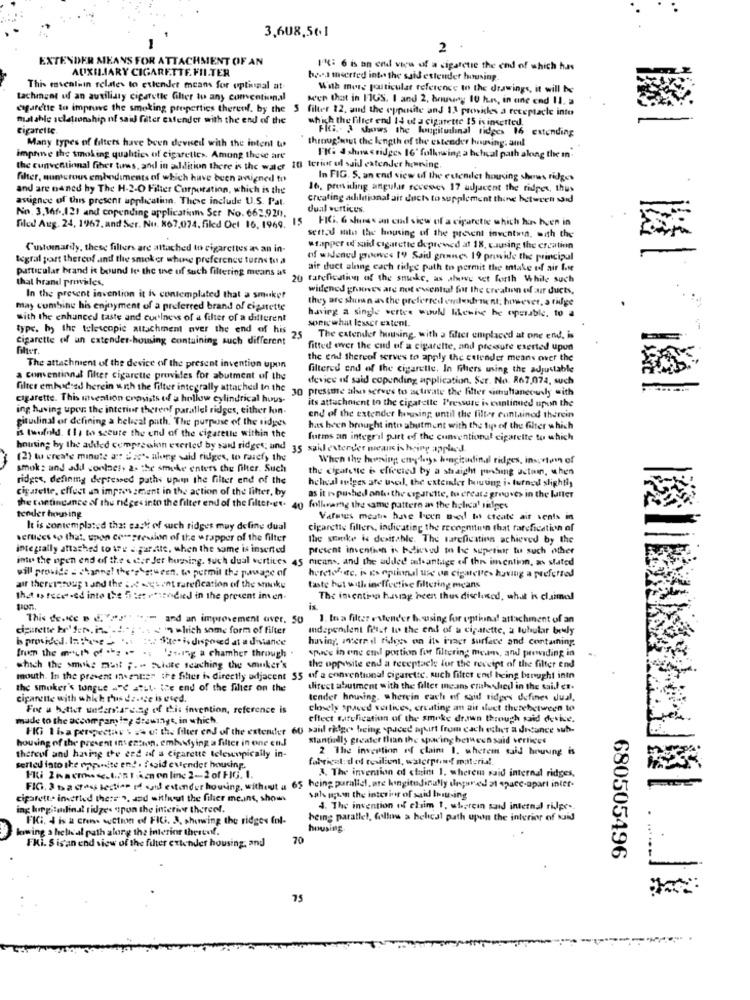
3,608,561
2
EXTENDER MEANS FOR ATTACHMENT OF AN
AUXILIARY CIGARETTE FILTER
11: 6 is an end view of a cigarette the end of which has
hess meerted into the said estender lususing.
This evealwin relates to evlendet means for optimaal at
With merg particular reference In the drawings, it will be
Lachingnt uf an autilidly cigarette Giher tu any conventional
M'en that in FIGS. I and 2, houvey 10 h.r ., in ane cnd II. a
cigarette to improve the smoking properties thereof. by the 5 filter 12, and the opposite and 13 provides a receptacle into
malable sclationship of said fater extender with the end of the
which the filter end 14 ut a cigarette 15 isinetted.
cigarette.
FIG. 3 shows the longitudinal ridges 16 Extending
throughwut the length of the estender housing. and
Many types of filters have been devueil with the intent to
imprime the smoking qualities of cigarettes. Among these are
FK: d shoesridges 16' following a bcheal path along the in-
the cunventional fther turns, and in addition there is the water 10 terior ul said extender honning.
filter, aun crous embodiments of which have been anigned to
In FIG. S. an end view of the extender housing shows ridges
and are naned hy The H-2-O Filter Corporation, which is the
16. presiding angular recesses 17 adjacent the ridges, thus
assignee of this present application. These include U.S. Pal.
Creating adildional ait duch to supplement thine between said
No. 3.36f ., 121 and copending applicatinm Ser No. 662.9201.
dual vertices.
FIG. 6 shares an cud siew of a cigarette which has hyen in
filed Aug. 24, 1967, and Ser. Nu. 867,074. filed Oct 16, 1969. 15
sert:d mlu the housing of the prevent inventwin, with the
Customarily, these fillers are attached to cigarettes as an in-
wrapper of said cigarette depreved at 18, causing the creation
tegral part thereof .and the smoker whine preference turns to a
of widened grooves 199 Said grenne- 19 prawide the principal
particular brand is bound ke. the ine of such filtering means at
air duct alnng each ridge path to permit the intake of air fute
that brand prewiles,
20 tarefication of the smoke, as ahowvy set forth While such
widened ghanes are not essential for the creation of aur ducts,
In the present invention it is contemplated that a smaker
they are shown as the preferred emlentement; however, a tilge
may combine his enjoyment of a preferred brand of cigarette
with the enhanced taste and curlness of a filter of a different
having a single vertes would likewie he operable. to a
somewhat lesser extent.
typr. by the telescopic attachment over the end of his
cigarette of an extender-howsing contuining auch different
25
The caterler housing, with a filter emplaced at one end, is
fitted over the end of a cigarette, and pressure exerted upun
the end thereof serves to apply the ettender means over the
The attachment of the device of the present invention upon
filtered end of the cigarette. In Filters using the adjustable
a conventional filter cigarette provides for abutment of the
device of said copending application. Scr. No. R67,074, such
filter embodied herein with the filter integrally attached in the
30 presse also serves to activate the filter simultaneously with
cigarette. This mvention crosists of a hollow cylindrical hous-
its attachment to the cigarette Pressure is continued upon the
ing having upe the interiur theren! parallel ridges, either loon-
gitudinal of defining a helical puth. The purpose of the ridges
end of the extender housing until the filter contained therein
has been brought into abutment with the top of the filter which
is twofold. (1, to secute the end of the cigarette within the
forms an integr'il part of the conventional cigarette to which
housing by the auhled compresion exerted by sand ridges; and 35 sail extender means is heing applied
(2) tu create minute att Das"- along said ridges, to rasefy the
When the herning engles hacitudinal ridges, insertem of
smok : and adil conlaes, 2. the smoke enters the filter. Such
the cigarette è effected by a straight ponabing uctoin, when
ridges, definmg depressed paths upin the filter end of the
heheal sulges are used, the extemler huuting i. turned slightly
cigarette, effect an impressment in the action of the litter, by
as it is pushed ante the cigarette, to create gregve> in the latter
the tontingance of the ridges into the filter end of the filter-es. 40 follamg the same pattern as the helica' silpes
tender housing
Varargs meatis have been ned to create ait senis in
It is contemplated that each of such ridges muy deline dual
cigarette fillers, indicating the reengmitun that farefication of
vertices so that, upon compression of the wrapper of the filter
The stake is desirable. The tarefication achieved by the
integrally attached to are i garatte, when the some is inserted
present insenthen is believed to he superior tu such other
inte the open end of the & ctor Jer hupsing. such dual vertices 45 means, and the added avantage off the invention, as stated
will provide s channa! the's'stween. wo permit the passage of
heretof.de, is is optional use un cigarettes having a preferred
ait thereisoup 1 and the ;. es ent rarefication of the smoke
tate but with ineffective filtering means
th.A . fece .ed into the 5i :et enscodied in the present inen.
The inventina hastag heen thus disclosed, what is claimol
is
This de.ke B 6.""""" " ;- and an improvement aver. 50
1. In a filter estender housing for optiona! attachment of an
cigarette br' fer. in .. 4.", is S' which some form of filter
independent first to the end of a cigarette, a tubular bely
Is provided. In these . .... . Se.is disposed at a distance
having, merril fulness on its inact surface and containing.
· provided Inthee - . s
':ting a chamber through
spain's in ene cul portion for filtering mom, and prewiding in
the opposite end a receptacle for the receipt of the filter end
which the smoke must ;. " Sulute searching the smuker's
mouth. In the present ind ents" the fiher is directly adjacent 55 of a conventional cigarette. such filter end heing brought into
the smoker's tongue a"C atil. the end of the fihier on the
direct abutment with the filter means cruhled in the said et.
cigarette with which rhus dz.sze is used.
tender housing, wherein each of sail ridges defines Jual.
Fot a byttet understanding of this invention, reference is
closely spaced vertices, creating an ait duct therebetween to
made to the accompany ing Stawingt, in which
effect ratelication of the smoke drawn through said device.
HG 1 isa perspective . == of the filter end of the estender 6
)said ridge being spaced afkirt from cach echer a ditance suh.
housing of the present inseason. embosfying a filter in one end
Stantiadly greater than the spacing betweensaid vertices
2 The invention of claim 1. whetem said hruung is
thereof and having the end of a cigarette telewopically in-
fabricat: del resilient, waterpowof materia !.
serled into the popsnite en! . fogid evendet housing.
3. The invention of claim 1. wherem said internal ridges,
Mi Zwacmmess. 1:51 Am on line 2-2 of FIG. 1.
FIG. 2 ta cross section Iff said estender housing, without a 65 being paralicl. are longitudinally depared 21 space-apart inter-
cigarette inverted there », and without the filter me.ins, shown
sah guan the interior of said Isusing
ag kmegitudinal ridges pon the interior thereof.
4. The invention of chim 1, wherein sand internal ripe-
FKCi, 4 is a Crane section of FIG. 3, showing the ridges fol-
heine parallel, follow a helical path upon the interior of NJIJ
lowing a helisal path along the interior thereof.
housing
FKi. S isan end view of the filter extender housing, and
70
680505496
75